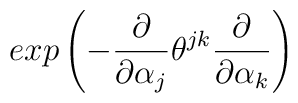
exp\left( -\frac{\partial}{\partial \alpha_{j}}\theta^{jk}\frac{\partial}{\partial \alpha_{k}} \right)